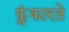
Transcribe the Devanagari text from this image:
फ़ुंकारते